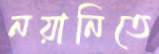
নয়ানিতে